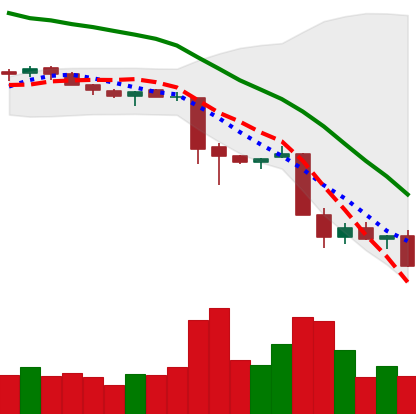
Ticker: XMR-USD
Chart end date: 2018-11-24
Forward return: 4.862%
Label: up_3_5